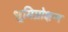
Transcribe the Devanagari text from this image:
भूमिप्रोक्षण